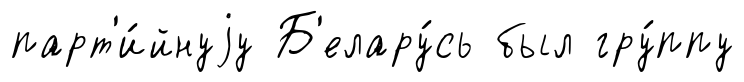
парт'и́йнуjу Б'елару́сь был гру́ппу